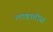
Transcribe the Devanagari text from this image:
लाकातोस